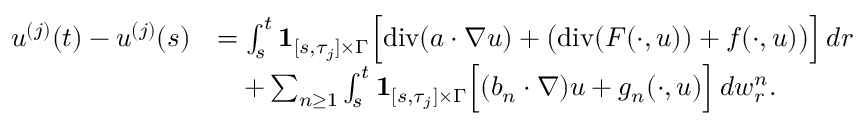
\begin{array} { r l } { u ^ { ( j ) } ( t ) - u ^ { ( j ) } ( s ) } & { = \int _ { s } ^ { t } { { \bf 1 } } _ { [ s , \tau _ { j } ] \times \Gamma } \Big [ \normalfont { \mathrm { d i v } } ( a \cdot \nabla u ) + \big ( \normalfont { \mathrm { d i v } } ( F ( \cdot , u ) ) + f ( \cdot , u ) \big ) \Big ] \, d r } \\ & { \quad + \sum _ { n \geq 1 } \int _ { s } ^ { t } { { \bf 1 } } _ { [ s , \tau _ { j } ] \times \Gamma } \Big [ ( b _ { n } \cdot \nabla ) u + g _ { n } ( \cdot , u ) \Big ] \, d w _ { r } ^ { n } . } \end{array}